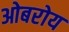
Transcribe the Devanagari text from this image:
ओबरोय